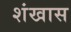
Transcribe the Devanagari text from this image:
शंखास